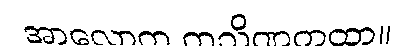
အာလောက ကသိဏကထာ။